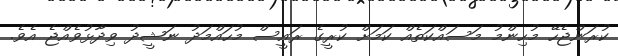
ކުރަންޖެހޭ މުހިންމު މަސައްކަތެއް ކަމަށް ކުރީގެ ރައީސް މުހައްމަދު ނަޝީދު ވިދާޅުވެއްޖެ އެވެ.